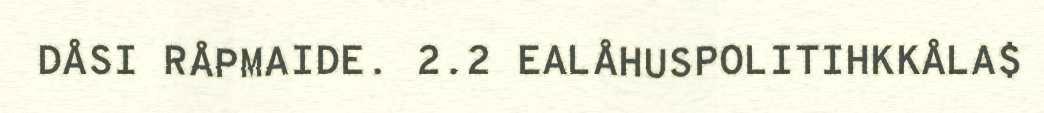
DÅSI RÅPMAIDE. 2.2 EALÅHUSPOLITIHKKÅLA$